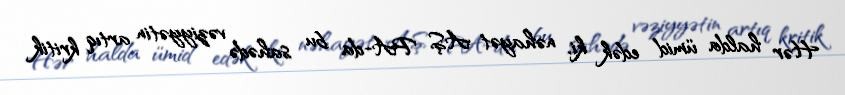
Hər halda ümid edək ki, nəhayət AŞ PA-da bu sahədə vəziyyətin artıq kritik